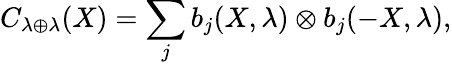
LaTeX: C_{\lambda\oplus\lambda}(X)=\sum_{j}b_{j}(X,\lambda)\otimes b_{j}(-X,\lambda),